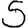
Digit: 5